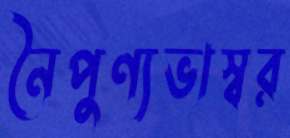
নৈপুণ্যভাস্বর